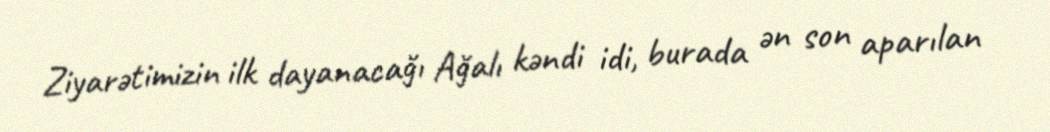
Ziyarətimizin ilk dayanacağı Ağalı kəndi idi, burada ən son aparılan